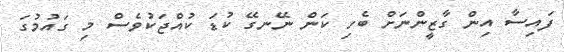
ފައިސާ އިން ގާޒީންނަށް ބެހި ކަން ނޭނގޭ ކުޑަ ކުއްޖަކުވެސް މި ގައުމުގަ